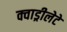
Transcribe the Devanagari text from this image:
क्वाड्रीलेटे